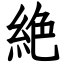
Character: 絶